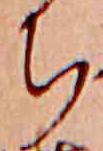
ち